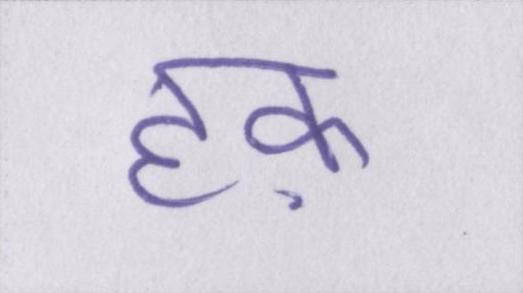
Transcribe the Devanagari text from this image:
हक़